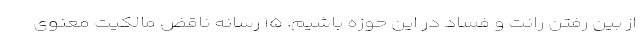
از بین رفتن رانت و فساد در این حوزه باشیم. ۱۵ رسانه ناقض مالکیت معنوی